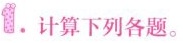
1.计算下列各题。